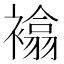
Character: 𧝅